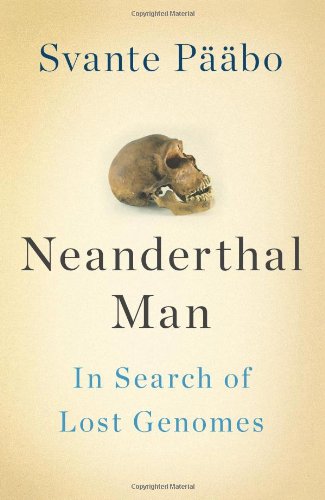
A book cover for Neanderthal Man: In Search of Lost Genomes; Svante PÃ¤Ã¤bo; Science & Math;